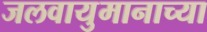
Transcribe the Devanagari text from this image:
जलवायुमानाच्या